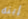
إبنه